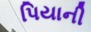
પિયાની